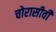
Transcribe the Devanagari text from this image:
चोरासीवीं